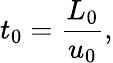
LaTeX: t_{0}=\frac{L_{0}}{u_{0}},